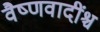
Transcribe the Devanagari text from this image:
वैष्णवादींश्च